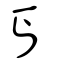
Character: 丐